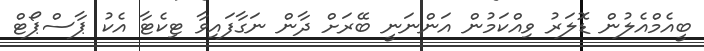
ބީއެމްއެލުން ޑޮލަރު ވިއްކަމުން އަންނަނީ ބޭރަށް ދާން ނަގާފައިވާ ޓިކެޓާ އެކު ޕާސްޕޯޓް